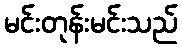
မင်းတုန်းမင်းသည်